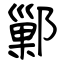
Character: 鄛